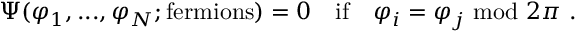
\Psi ( \varphi _ { 1 } , . . . , \varphi _ { N } ; \mathrm { f e r m i o n s } ) = 0 \quad \mathrm { i f } \quad \varphi _ { i } = \varphi _ { j } \ \mathrm { m o d } \ 2 \pi \ .